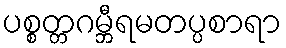
ပစ္စတ္တဂမ္ဘီရမတပ္ပစာရာ